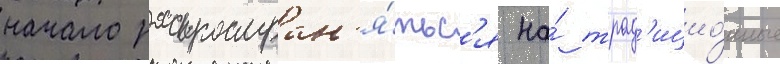
начало распростран'я́тьс'я на́ трад'ицио́нные